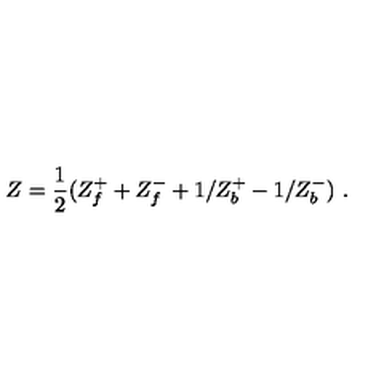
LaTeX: Z = \frac { 1 } { 2 } ( Z _ { f } ^ { + } + Z _ { f } ^ { - } + 1 / Z _ { b } ^ { + } - 1 / Z _ { b } ^ { - } ) \ .